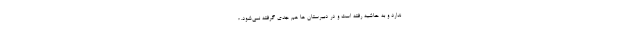
ندارد و به حاشیه رفته است و در دبیرستان ها هم جدی گرفته نمی‌شود. ؛